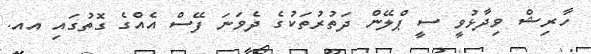
ހާރިޝް ވިދާޅުވީ ސީ ޕްލޭން ދަތުރުތަކުގެ ދެވަނަ ފޭސް އެއްގެ ގޮތުގައި އއ.